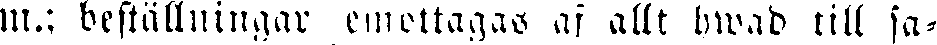
m.: beställningar emottagas af allt hwad till sa-